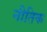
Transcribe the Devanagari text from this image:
नीतिक